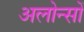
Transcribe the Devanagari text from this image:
अलोन्सों